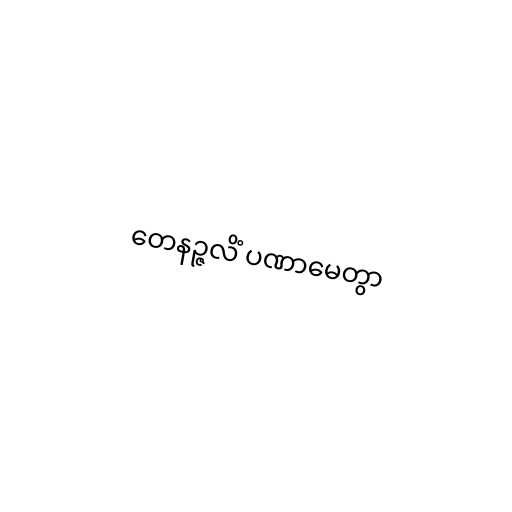
တေနဉ္ဇလိံ ပဏာမေတွာ